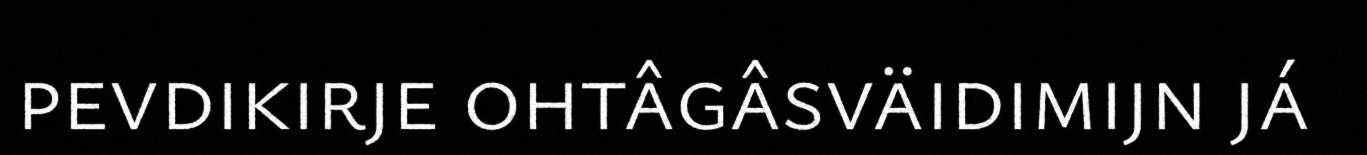
pevdikirje ohtâgâsväidimijn já